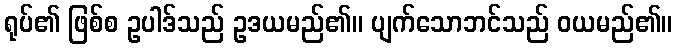
ရုပ်၏ ဖြစ်စ ဥပါဒ်သည် ဥဒယမည်၏။ ပျက်သောဘင်သည် ဝယမည်၏။